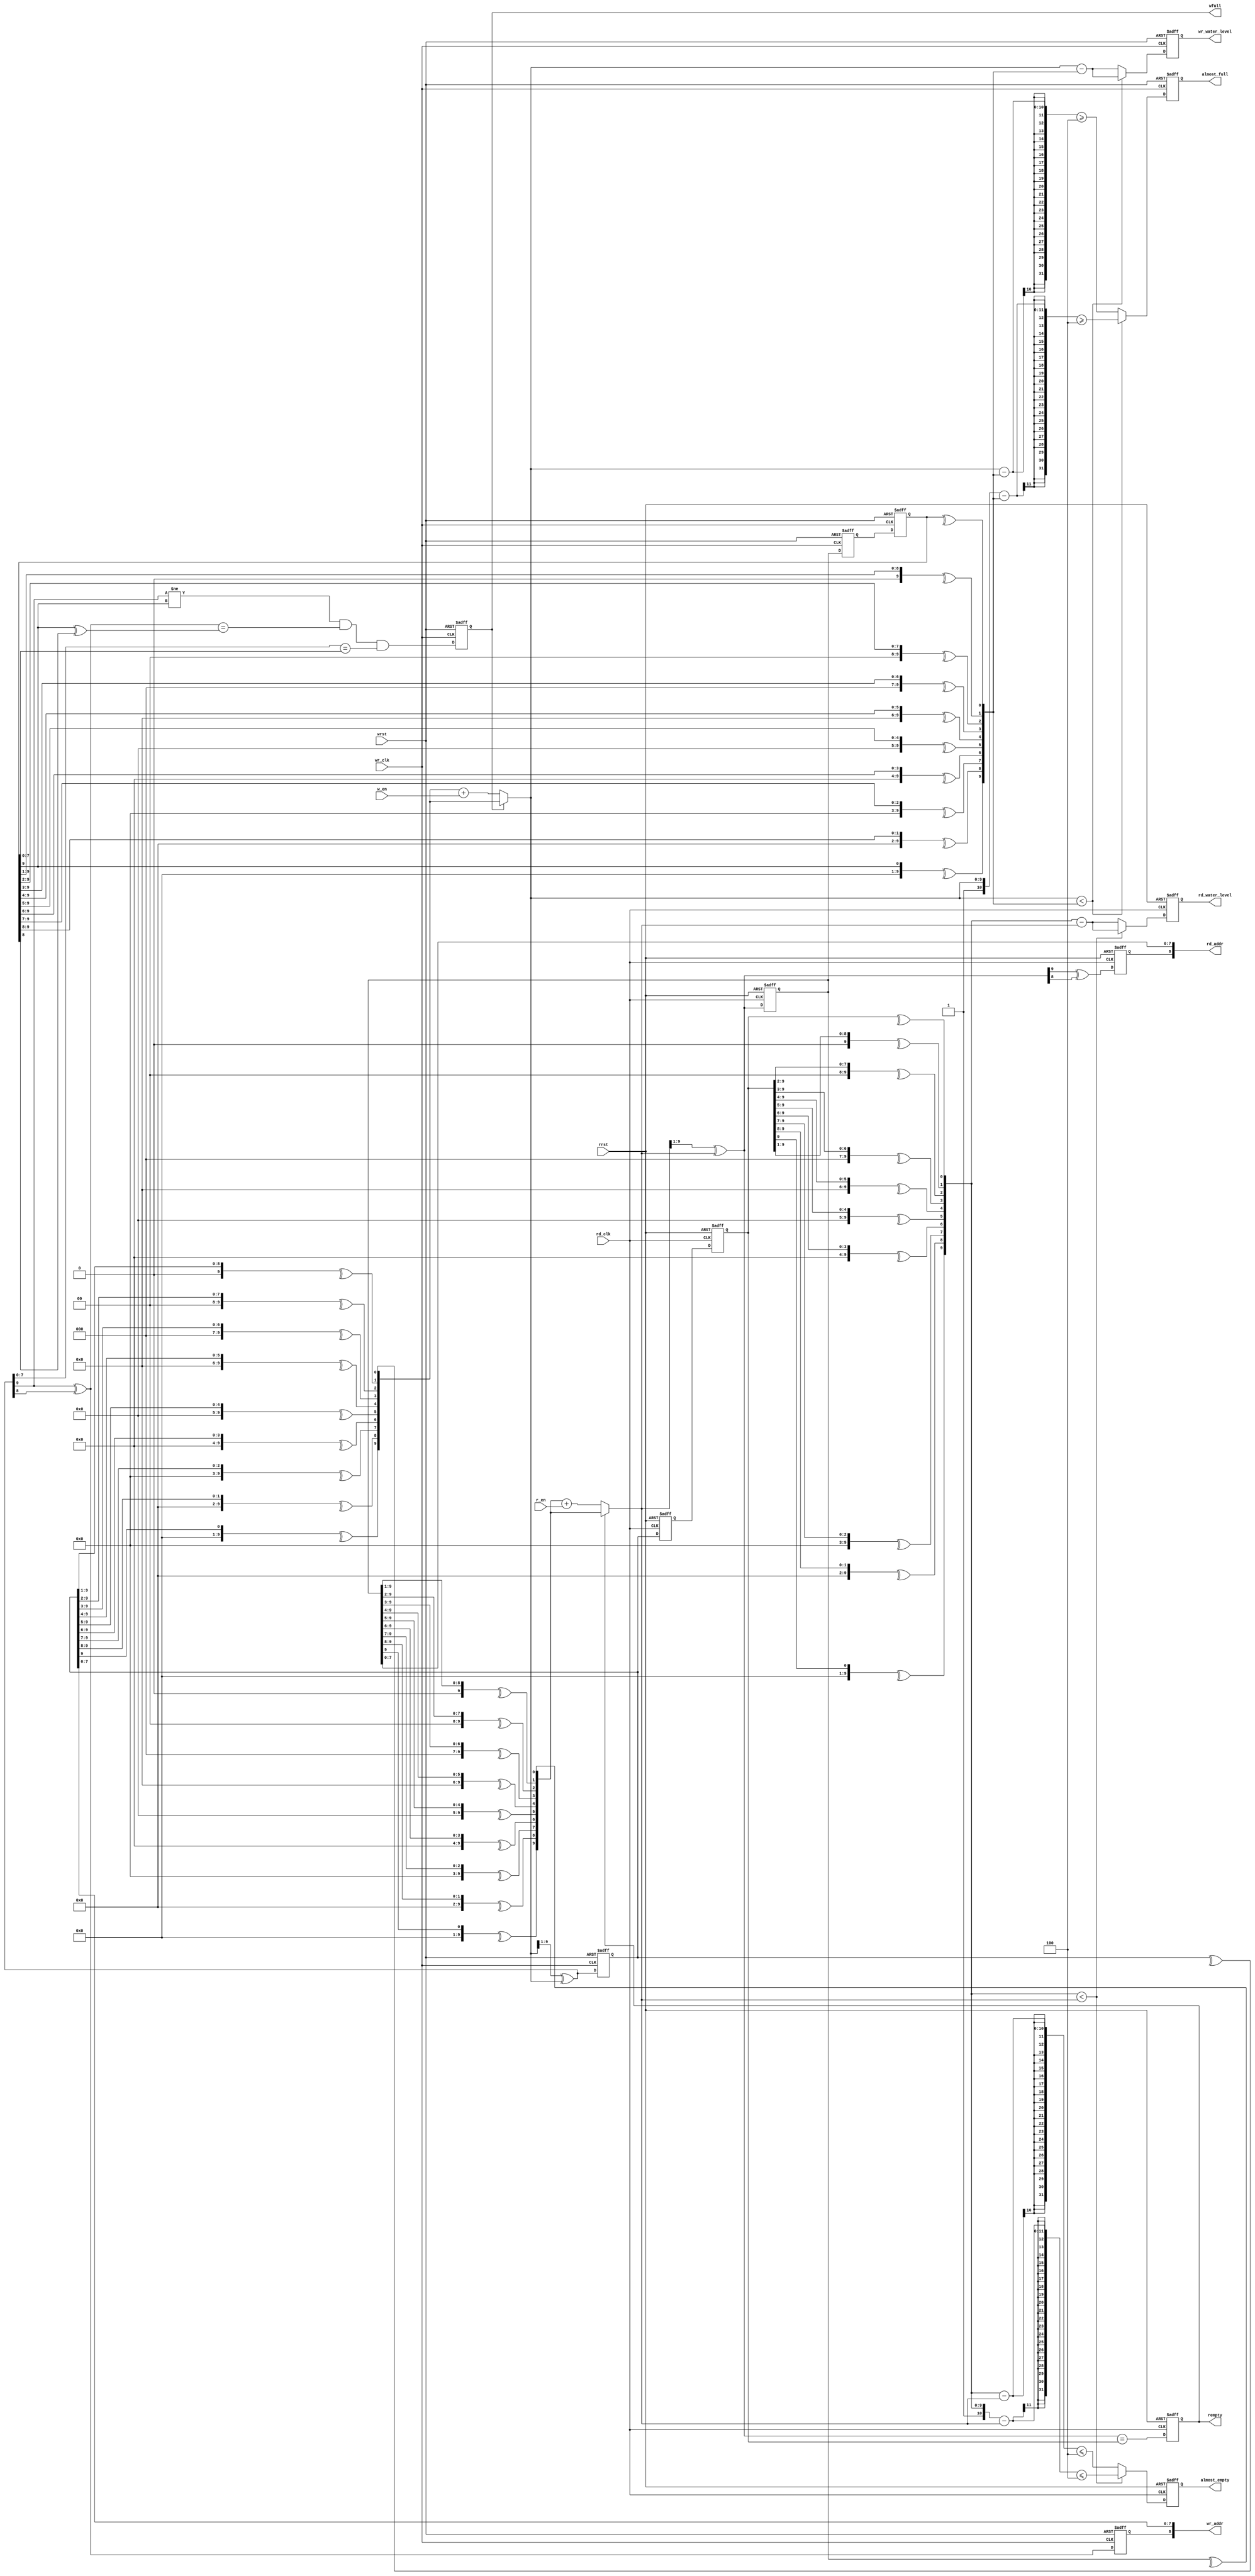
//////////////////////////////////////////////////////////////////////////////
//
// Copyright (c) 2014 PANGO MICROSYSTEMS, INC
// ALL RIGHTS REVERVED.
//
// THE SOURCE CODE CONTAINED HEREIN IS PROPRIETARY TO PANGO MICROSYSTEMS, INC.
// IT SHALL NOT BE REPRODUCED OR DISCLOSED IN WHOLE OR IN PART OR USED BY
// PARTIES WITHOUT WRITTEN AUTHORIZATION FROM THE OWNER.
//
//////////////////////////////////////////////////////////////////////////////
//
// Library:
////////////////////////////////////////////////////////////////////////////////////////////////////////////////////////////////////////

`timescale 1 ns / 1 ps

module ipsxb_distributed_fifo_ctr_v1_0 #(

  parameter  DEPTH            = 9             ,           // write adn read address width 4 -- 10
  parameter  FIFO_TYPE        = "ASYNC_FIFO"  ,           // ASYN_FIFO or SYN_FIFO
  parameter  ALMOST_FULL_NUM  = 4             ,
  parameter  ALMOST_EMPTY_NUM = 4
)
(
  input  wire                           wr_clk          ,           //write clock
  input  wire                           w_en            ,           //write enable 1 active
  output wire [DEPTH-1 : 0]             wr_addr         ,           //write address
  input  wire                           wrst            ,           //write reset
  output wire                           wfull           ,           //write full flag 1 active
  output wire                           almost_full     ,           //output write almost full
  output reg  [DEPTH : 0]               wr_water_level  ,           //output write water level

  input  wire                           rd_clk          ,           //read clock
  input  wire                           r_en            ,           //read enable 1 active
  output wire [DEPTH-1 : 0]             rd_addr         ,           //read address
  input  wire                           rrst            ,           //read reset
  output wire                           rempty          ,           //read empty  1 active
  output wire                           almost_empty    ,           //output read almost empty
  output reg  [DEPTH : 0]               rd_water_level              //output read water level
);
//**************************************************************************************************************
//declare inner variables
  //write address operation variables
reg [DEPTH : 0]  wptr               ;          //write pointer
reg [DEPTH : 0]  wrptr1             ;          //1st read-domain to write-domain synchronizer
reg [DEPTH : 0]  wrptr2             ;          //2nd read-domain to write-domain synchronizer
reg [DEPTH : 0]  wbin               ;          //write current binary  pointer
reg [DEPTH : 0]  wbnext             ;          //write next binary  pointer
reg [DEPTH : 0]  wgnext             ;          //write next gray pointer
reg              waddr_msb          ;          //the MSB of waddr
wire             wgnext_2ndmsb      ;          //the second MSB of wgnext
wire             wrptr2_2ndmsb      ;          //the second MSB of wrptr2

//read address operation variables
reg [DEPTH : 0]  rptr               ;          //read pointer
reg [DEPTH : 0]  rwptr1             ;          //1st  write-domain to read-domain synchronizer
reg [DEPTH : 0]  rwptr2             ;          //2nd  write-domain to read-domain synchronizer
reg [DEPTH : 0]  rbin               ;          //read current binary  pointer
reg [DEPTH : 0]  rbnext             ;          //read next binary  pointer
reg [DEPTH : 0]  rgnext             ;          //read next gray pointer
reg              raddr_msb          ;          //the MSB of raddr

reg [DEPTH : 0]  wrptr2_b           ;          //wrptr2 into binary
reg [DEPTH : 0]  rwptr2_b           ;          //rwptr2 into binary
//**************************************************************************************************************
reg              asyn_wfull         ;
reg              asyn_almost_full   ;
reg              asyn_rempty        ;
reg              asyn_almost_empty  ;
reg              syn_wfull          ;
reg              syn_almost_full    ;
reg              syn_rempty         ;
reg              syn_almost_empty   ;
//main code
//**************************************************************************************************************
generate
if(FIFO_TYPE == "ASYNC_FIFO")
begin:ASYN_CTRL
//write gray pointer generate
    integer  i;
    always@(*)
    begin
        for(i = 0;i <= DEPTH;i = i+1 )  //gray to binary converter
            wbin[i] = ^(wptr >> i);
    end
    always@(*)
    begin
        if(!wfull)
            wbnext = wbin + w_en;
        else
            wbnext = wbin;
    end
    always@(*)
    begin
        wgnext = (wbnext >> 1) ^ wbnext;          //binary to gray converter
    end
    always@( posedge wr_clk or posedge wrst )
    begin
        if(wrst)
        begin
            wptr <=0;
            waddr_msb <=0;
        end
        else
        begin
           wptr <= wgnext;
           waddr_msb <= wgnext[DEPTH] ^ wgnext[DEPTH-1];
        end
    end
    //read domain to write domain synchronizer
    always@( posedge wr_clk or posedge wrst )
    begin
        if(wrst)
            {wrptr2,wrptr1} <= 0;
        else
            {wrptr2,wrptr1} <= {wrptr1,rptr};
    end

    always@(*)
    begin
        for(i = 0;i <= DEPTH;i = i+1 )  //gray to binary converter
            wrptr2_b[i] = ^(wrptr2 >> i);
    end

    //generate fifo write full flag
    assign  wgnext_2ndmsb = wgnext[DEPTH] ^ wgnext[DEPTH-1];
    assign  wrptr2_2ndmsb = wrptr2[DEPTH] ^ wrptr2[DEPTH-1];
    //**************************************************************************************************************
    //read gray pointer generate
    integer  j;
    always@(*)
    begin
        for(j = 0;j <= DEPTH;j = j+1 )  //gray to binary converter
            rbin[j] = ^(rptr >> j);
    end

    always@(*)
    begin
        if(!rempty)
            rbnext = rbin + r_en;
        else
            rbnext = rbin;
        rgnext = (rbnext >> 1) ^ rbnext;          //binary to gray converter
    end

    always@( posedge rd_clk or posedge rrst )
    begin
        if(rrst)
        begin
            rptr <=0;
            raddr_msb <=0;
        end
        else
        begin
            rptr <= rgnext;
            raddr_msb <= rgnext[DEPTH] ^ rgnext[DEPTH-1];
        end
    end
    //read domain to write domain synchronizer
    always@(posedge rd_clk or posedge rrst)
    begin
        if(rrst)
            {rwptr2,rwptr1} <= 0;
        else
            {rwptr2,rwptr1} <= {rwptr1,wptr};
    end
    always@(*)
    begin
        for(i = 0;i <= DEPTH;i = i+1 )  //gray to binary converter
            rwptr2_b[i] = ^(rwptr2 >> i);
    end
    //generate asyn_fifo write full flag
    always@(posedge wr_clk or posedge wrst)
    begin
        if(wrst)
            asyn_wfull <= 1'b0;
        else
            asyn_wfull <= ( (wgnext[DEPTH] != wrptr2[DEPTH]) &&
	                      (wgnext_2ndmsb == wrptr2_2ndmsb) &&
	                      (wgnext[DEPTH-2:0] == wrptr2[DEPTH-2:0]) );
    end
	//generate asyn_fifo write almost full flag
	always@(posedge wr_clk or posedge wrst)
	begin
	    if(wrst)
	        asyn_almost_full <= 1'b0;
	    else if (wbnext[DEPTH:0] < wrptr2_b[DEPTH:0])
	        asyn_almost_full <= ({1'b1,wbnext[DEPTH:0]} - {1'b0,wrptr2_b[DEPTH:0]} >= ALMOST_FULL_NUM );
	    else
	        asyn_almost_full <= ((wbnext[DEPTH:0] - wrptr2_b[DEPTH:0]) >= ALMOST_FULL_NUM );
	end
	//asyn_fifo read empty flag generate
	always@(posedge rd_clk or posedge rrst)
	begin
	    if(rrst)
	        asyn_rempty <= 1'b1;
	    else
	        asyn_rempty <= (rgnext == rwptr2);
	end
	//generate asyn_fifo read almost empty flag
	always@(posedge rd_clk or posedge rrst)
	begin
	    if(rrst)
	        asyn_almost_empty <= 1'b1;
	    else if(rwptr2_b[DEPTH:0] < rbnext[DEPTH:0])
	        asyn_almost_empty <= ({1'b1,rwptr2_b[DEPTH:0]} - {1'b0,rbnext[DEPTH:0]} <= ALMOST_EMPTY_NUM );
	    else
	        asyn_almost_empty <= ((rwptr2_b[DEPTH:0] - rbnext[DEPTH:0]) <= ALMOST_EMPTY_NUM );
	end
end
else
begin:SYN_CTRL
    //write operation
    always@(*)
    begin
        if(!wfull)
            wbnext = wptr + w_en;
        else
            wbnext = wptr;
    end
    always@(*)
    begin
        wgnext =  wbnext;    // syn fifo
    end
    always@( posedge wr_clk or posedge wrst )
    begin
        if(wrst)
        begin
            wptr <=0;
            waddr_msb <=0;
        end
        else
        begin
            wptr <= wgnext;
            waddr_msb <= wgnext[DEPTH-1];
        end
    end
    always@(*)
    begin
        wrptr2 = rptr;    // syn fifo
    end
    always@(*)
    begin
        wrptr2_b = rptr;    // syn fifo
    end
    //generate fifo write full flag
    assign  wgnext_2ndmsb = wgnext[DEPTH-1];
    assign  wrptr2_2ndmsb = wrptr2[DEPTH-1];
    //**************************************************************************************************************
    //read operation
    always@(*)
    begin
        if(!rempty)
            rbnext = rptr + r_en;
        else
            rbnext = rptr;
    end
    always@(*)
    begin
        rgnext = rbnext;
    end
    always@( posedge rd_clk or posedge rrst )
    begin
        if(rrst)
        begin
            rptr <=0;
            raddr_msb <=0;
        end
        else
        begin
            rptr <= rgnext;
            raddr_msb <= rgnext[DEPTH-1];
        end
    end
    always@(*)
    begin
        rwptr2   =  wptr;    //syn fifo
    end
    always@(*)
    begin
        rwptr2_b =  wptr;    //syn fifo
    end
    //generate syn_fifo write full flag
    always@(posedge wr_clk or posedge wrst)
    begin
        if(wrst)
            syn_wfull <= 1'b0;
        else
            syn_wfull <= ((wgnext[DEPTH] != rgnext[DEPTH]) &&
	                     (wgnext[DEPTH-1:0] == rgnext[DEPTH-1:0]) );
    end
	//generate syn_fifo write almost full flag
	always@(posedge wr_clk or posedge wrst)
	begin
	    if(wrst)
	        syn_almost_full <= 1'b0;
	    else if (wbnext[DEPTH:0] < rbnext[DEPTH:0])
	        syn_almost_full <= ({1'b1,wbnext[DEPTH:0]} - {1'b0,rbnext[DEPTH:0]} >= ALMOST_FULL_NUM );
	    else
	        syn_almost_full <= ((wbnext[DEPTH:0] - rbnext[DEPTH:0]) >= ALMOST_FULL_NUM );
	end
	//syn_fifo read empty flag generate
	always@(posedge rd_clk or posedge rrst)
	begin
	    if(rrst)
	        syn_rempty <= 1'b1;
	    else
	        syn_rempty <= (rgnext == wgnext);
	end
	//generate syn_fifo read almost empty flag
	always@(posedge rd_clk or posedge rrst)
	begin
	    if(rrst)
	        syn_almost_empty <= 1'b1;
	    else if (wbnext[DEPTH:0] < rbnext[DEPTH:0])
	        syn_almost_empty <= ({1'b1,wbnext[DEPTH:0]} - {1'b0,rbnext[DEPTH:0]} <= ALMOST_EMPTY_NUM );
	    else
	        syn_almost_empty <= ((wbnext[DEPTH:0] - rbnext[DEPTH:0]) <= ALMOST_EMPTY_NUM );
	end
end

endgenerate

//write  flex memory address generate
assign  wr_addr = {waddr_msb,wptr[DEPTH-2:0]};

//generate fifo write full flag
assign wfull = (FIFO_TYPE == "ASYNC_FIFO") ? asyn_wfull : syn_wfull;

//generate fifo write almost full flag
assign almost_full  = (FIFO_TYPE == "ASYNC_FIFO") ? asyn_almost_full : syn_almost_full;

//generate write water level flag
always@(posedge wr_clk or posedge wrst)
begin
    if(wrst)
        wr_water_level <= 'b0;
    else if (wbnext[DEPTH:0] < wrptr2_b[DEPTH:0])
        wr_water_level <= ({1'b1,wbnext[DEPTH:0]} - {1'b0,wrptr2_b[DEPTH:0]});
    else
        wr_water_level <= ( wbnext[DEPTH:0] - wrptr2_b[DEPTH:0] );
end

//read flex memory address generate
assign  rd_addr = {raddr_msb,rptr[DEPTH-2:0]};

//fifo read empty flag generate
assign rempty  = (FIFO_TYPE == "ASYNC_FIFO") ? asyn_rempty : syn_rempty;

//generate fifo read almost empty flag
assign almost_empty  = (FIFO_TYPE == "ASYNC_FIFO") ? asyn_almost_empty : syn_almost_empty;

//generate read water level flag
always@(posedge rd_clk or posedge rrst)
begin
    if(rrst)
        rd_water_level <= 'b0;
    else if (rwptr2_b[DEPTH:0] < rbnext[DEPTH:0])
        rd_water_level <= ({1'b1,rwptr2_b[DEPTH:0]} - {1'b0,rbnext[DEPTH:0]});
    else
        rd_water_level <= ( rwptr2_b[DEPTH:0] - rbnext[DEPTH:0] );
end




endmodule